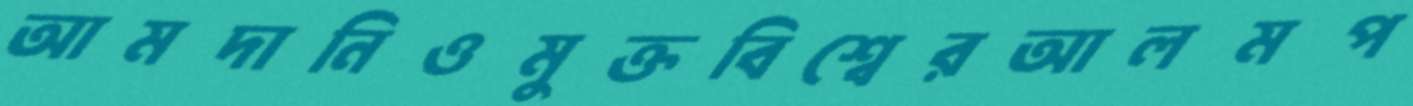
আমদানিওমুক্তবিশ্বেরআলমপ